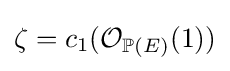
\zeta =c_{1}({\mathcal {O}}_{\mathbb {P} (E)}(1))